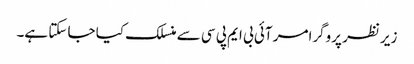
زیر نظر پروگرامر آئی بی ایم پی سی سے منسلک کیا جا سکتا ہے۔